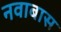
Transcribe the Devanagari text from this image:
नवाबास